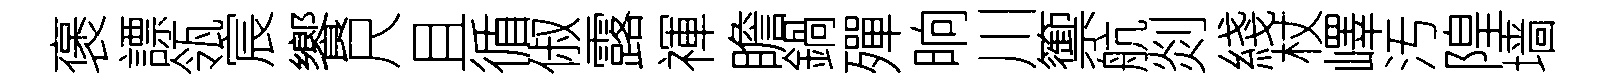
褒謤瓴宸饗尺且循俶露禈瞻鍋殫晌川籞航剡綫杖嶧汚隍墙